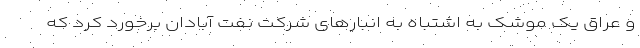
و عراق یک موشک به اشتباه به انبارهای شرکت نفت آبادان برخورد کرد که